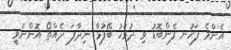
އެންމެ ފަހުނ ފެންބޮޑު ވި ދުވަހު ބޭފުޅާ ނިދާފަ ދެއްތޯ އޮންނެވީ